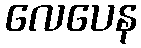
လေပေန